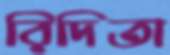
রিদিতা